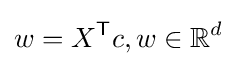
w=X^{\mathsf {T}}c,w\in \mathbb {R} ^{d}